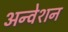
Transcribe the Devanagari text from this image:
अन्वेशन